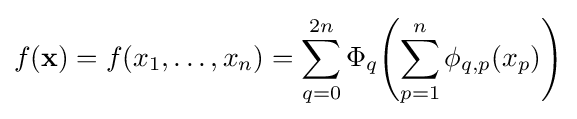
f(\mathbf {x} )=f(x_{1},\ldots ,x_{n})=\sum _{q=0}^{2n}\Phi _{q}\!\left(\sum _{p=1}^{n}\phi _{q,p}(x_{p})\right)